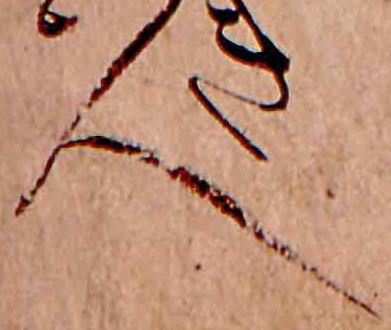
人